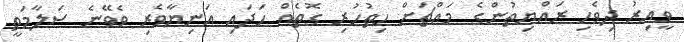
ވީއިރު ދިވެހި ރައްޔިތުންގެ މައްޗަށް ހިތުހުރި ގޮތެއް ހަދައި އަނިޔާވެރި ވެވޭނެ ސަލާމަތީ